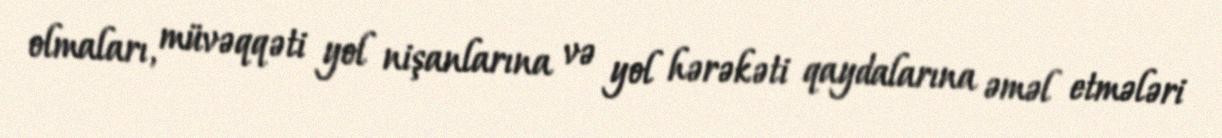
olmaları, müvəqqəti yol nişanlarına və yol hərəkəti qaydalarına əməl etmələri